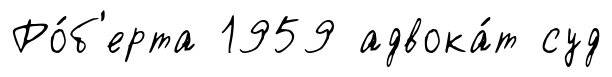
Ро́б'ерта 1959 адвока́т суд